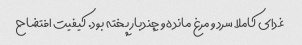
غدای کاملا سرد و مرغ مانده و چندبار پخته بود. کیفیت افتضاح